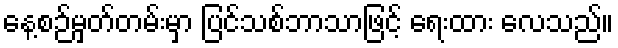
နေ့စဉ်မှတ်တမ်းမှာ ပြင်သစ်ဘာသာဖြင့် ရေးထား လေသည်။